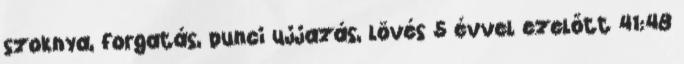
szoknya, forgatás, punci ujjazás, lövés 5 évvel ezelőtt 41:48